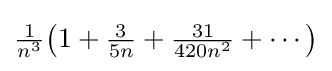
{\tfrac {1}{n^{3}}}\!\left(1+{\tfrac {3}{5n}}+{\tfrac {31}{420n^{2}}}+\cdots \right)